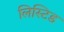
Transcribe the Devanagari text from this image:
लिस्टिड